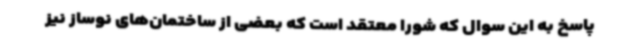
پاسخ به این سوال که شورا معتقد است که بعضی از ساختمان‌های نوساز نیز